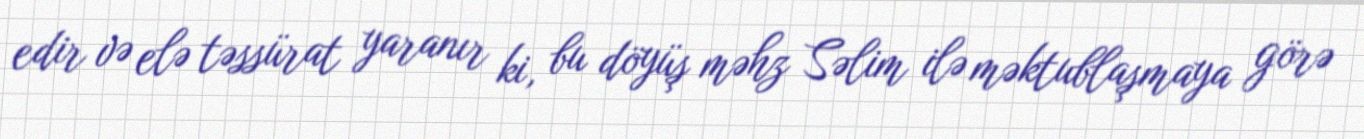
edir və elə təssürat yaranır ki, bu döyüş məhz Səlim ilə məktublaşmaya görə